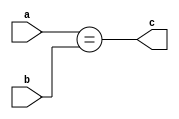
/***************************************************
 * Module: comparator
 * Project: core_lapido
 * Description: Compara dois numeros de 32 bits e a 
saida eh um numero de 1 bit, sendo que 1 representa verdadeiro 
e 0 falso.
 ***************************************************/

module comparator (
	input [31:0] a,
	input [31:0] b,

	output c
);
 
assign c = (a==b);

endmodule